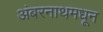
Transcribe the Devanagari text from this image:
अंबरनाथमधून